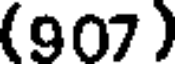
(907 )